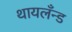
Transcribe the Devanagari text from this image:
थायलँन्ड